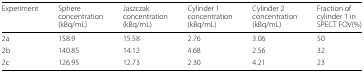
| Experiment | Sphere | Jaszczak | Cylinder 1 | Cylinder 2 | Fraction of |
 |  | concentration | concentration | concentration | concentration | cylinder 1 in |
 |  | (kBq/mL) | (kBq/mL) | (kBq/mL) | (kBq/mL) | SPECT FOV(%) |
 | --- | --- | --- | --- | --- | --- |
 | 2a | 158.9 | 15.58 | 2.76 | 3.06 | 50 |
 | 2b | 140.85 | 14.12 | 4.68 | 2.56 | 32 |
 | 2c | 126.95 | 12.73 | 2.30 | 4.21 | 23 |